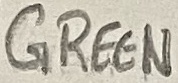
Text: GREEN